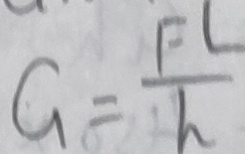
G = \frac { F L } { h }